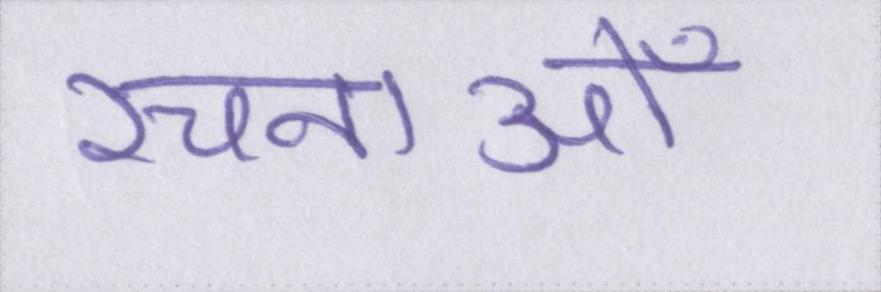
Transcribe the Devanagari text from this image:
रचनाओँ